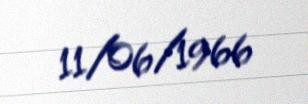
11/06/1966